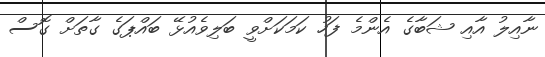
ނާއިލު އާއި ޝަބާގެ އެންމެ ފަހު ކަމަކަށްވީ ބަލިވެއުޅޭ ބައްޕަގެ ގާތަށް ގޮސް